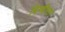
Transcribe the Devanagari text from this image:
बिम्बीसार